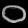
Digit: ၀